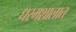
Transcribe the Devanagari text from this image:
धरमशालात